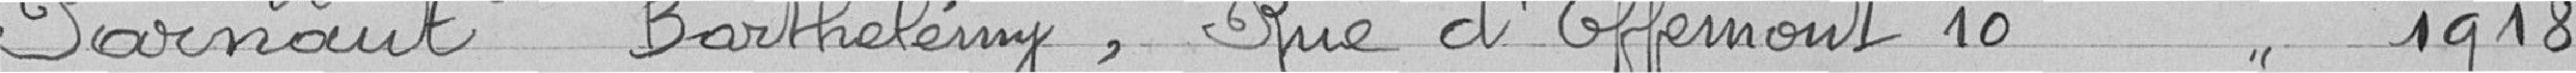
Parnaut Barthélémy  , Rue d'Offemont 10   //    1918